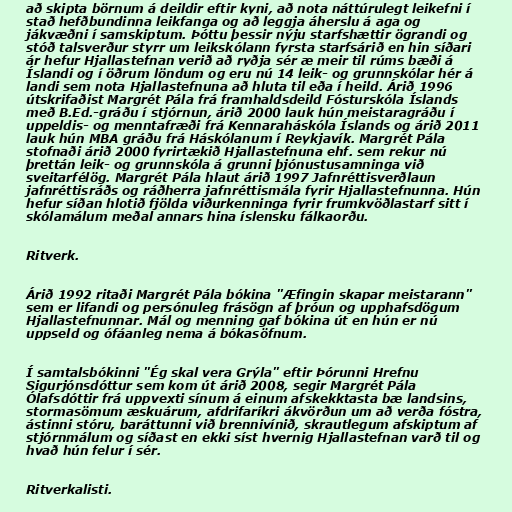
að skipta börnum á deildir eftir kyni, að nota náttúrulegt leikefni í
stað hefðbundinna leikfanga og að leggja áherslu á aga og
jákvæðni í samskiptum. Þóttu þessir nýju starfshættir ögrandi og
stóð talsverður styrr um leikskólann fyrsta starfsárið en hin síðari
ár hefur Hjallastefnan verið að ryðja sér æ meir til rúms bæði á
Íslandi og í öðrum löndum og eru nú 14 leik- og grunnskólar hér á
landi sem nota Hjallastefnuna að hluta til eða í heild. Árið 1996
útskrifaðist Margrét Pála frá framhaldsdeild Fósturskóla Íslands
með B.Ed.-gráðu í stjórnun, árið 2000 lauk hún meistaragráðu í
uppeldis- og menntafræði frá Kennaraháskóla Íslands og árið 2011
lauk hún MBA gráðu frá Háskólanum í Reykjavík. Margrét Pála
stofnaði árið 2000 fyrirtækið Hjallastefnuna ehf. sem rekur nú
þrettán leik- og grunnskóla á grunni þjónustusamninga við
sveitarfélög. Margrét Pála hlaut árið 1997 Jafnréttisverðlaun
jafnréttisráðs og ráðherra jafnréttismála fyrir Hjallastefnunna. Hún
hefur síðan hlotið fjölda viðurkenninga fyrir frumkvöðlastarf sitt í
skólamálum meðal annars hina íslensku fálkaorðu.

Ritverk.

Árið 1992 ritaði Margrét Pála bókina "Æfingin skapar meistarann"
sem er lifandi og persónuleg frásögn af þróun og upphafsdögum
Hjallastefnunnar. Mál og menning gaf bókina út en hún er nú
uppseld og ófáanleg nema á bókasöfnum.

Í samtalsbókinni "Ég skal vera Grýla" eftir Þórunni Hrefnu
Sigurjónsdóttur sem kom út árið 2008, segir Margrét Pála
Ólafsdóttir frá uppvexti sínum á einum afskekktasta bæ landsins,
stormasömum æskuárum, afdrifaríkri ákvörðun um að verða fóstra,
ástinni stóru, baráttunni við brennivínið, skrautlegum afskiptum af
stjórnmálum og síðast en ekki síst hvernig Hjallastefnan varð til og
hvað hún felur í sér.

Ritverkalisti.